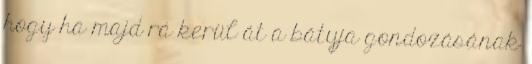
hogy ha majd rá kerül át a bátyja gondozásának